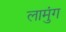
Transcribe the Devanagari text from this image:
लामुंग